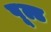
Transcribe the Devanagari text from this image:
पूल्ड